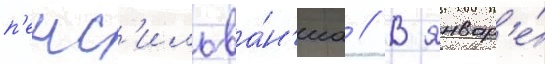
п'енс'ильва́н'иа // В январ'е́